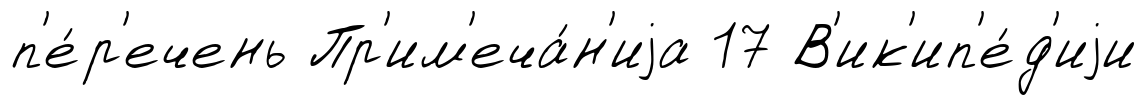
п'е́р'ечень Пр'им'еча́н'иjа 17 В'ик'ип'е́д'иjи